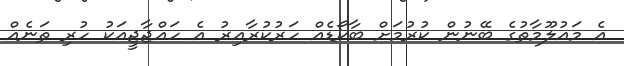
އެ މައުލޫމާތުގެ ބޭނުން ކުރުމަށް ބާކޯޑެއް ހަރުކުރާއިރު އެ ހައްޖާޖީއަކު ހުރި ތަނެއް